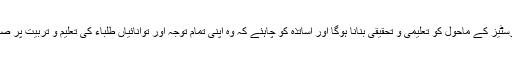
ہمیں یونیورسٹیز کے ماحول کو تعلیمی و تحقیقی بنانا ہوگا اور اساتذہ کو چاہئے کہ وہ اپنی تمام توجہ اور توانائیاں طلباء کی تعلیم و تربیت پر صرف کریں ۔